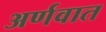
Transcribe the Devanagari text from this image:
अर्णवात